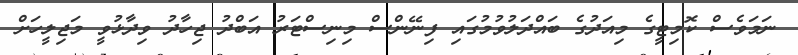
ނަމަވެސް ކޮމިޓީގެ މިއަދުގެ ބައްދަލުވުމުގައި ފިނޭންސް މިނިސްޓަރު އަބްދު ޖިހާދު ވިދާޅުވީ މަޖިލީހަށް